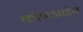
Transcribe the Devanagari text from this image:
कोणआहेस